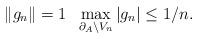
LaTeX: \begin{align*} \|g_n\| = 1 \; \; \max_{\partial_A \setminus V_n} |g_n| \leq 1/n.\end{align*}